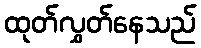
ထုတ်လွှတ်နေသည်